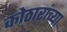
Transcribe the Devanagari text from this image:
कोठारांच्या